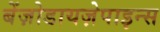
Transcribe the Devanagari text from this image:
बेंज़ोडायज़ेपाइन्स